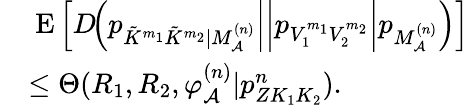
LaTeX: \begin{array}{rl}&{\mathrm{\mathbf~E}\left[D\! \! \left.\left.\left.\left(p_{\tilde{K}^{m_{1}}\tilde{K}^{m_{2}}|M_{{\cal A}}^{(n)}}\right|\right|p_{V_{1}^{m_{1}}V_{2}^{m_{2}}}\right|p_{M_{\cal A}^{(n)}}\right)\right]}\\ &{\leq\Theta(R_{1},R_{2},\varphi_{\cal A}^{(n)}|{p_{ZK_{1}K_{2}}^{n}}).}\end{array}